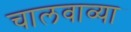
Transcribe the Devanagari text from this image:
चालवाव्या